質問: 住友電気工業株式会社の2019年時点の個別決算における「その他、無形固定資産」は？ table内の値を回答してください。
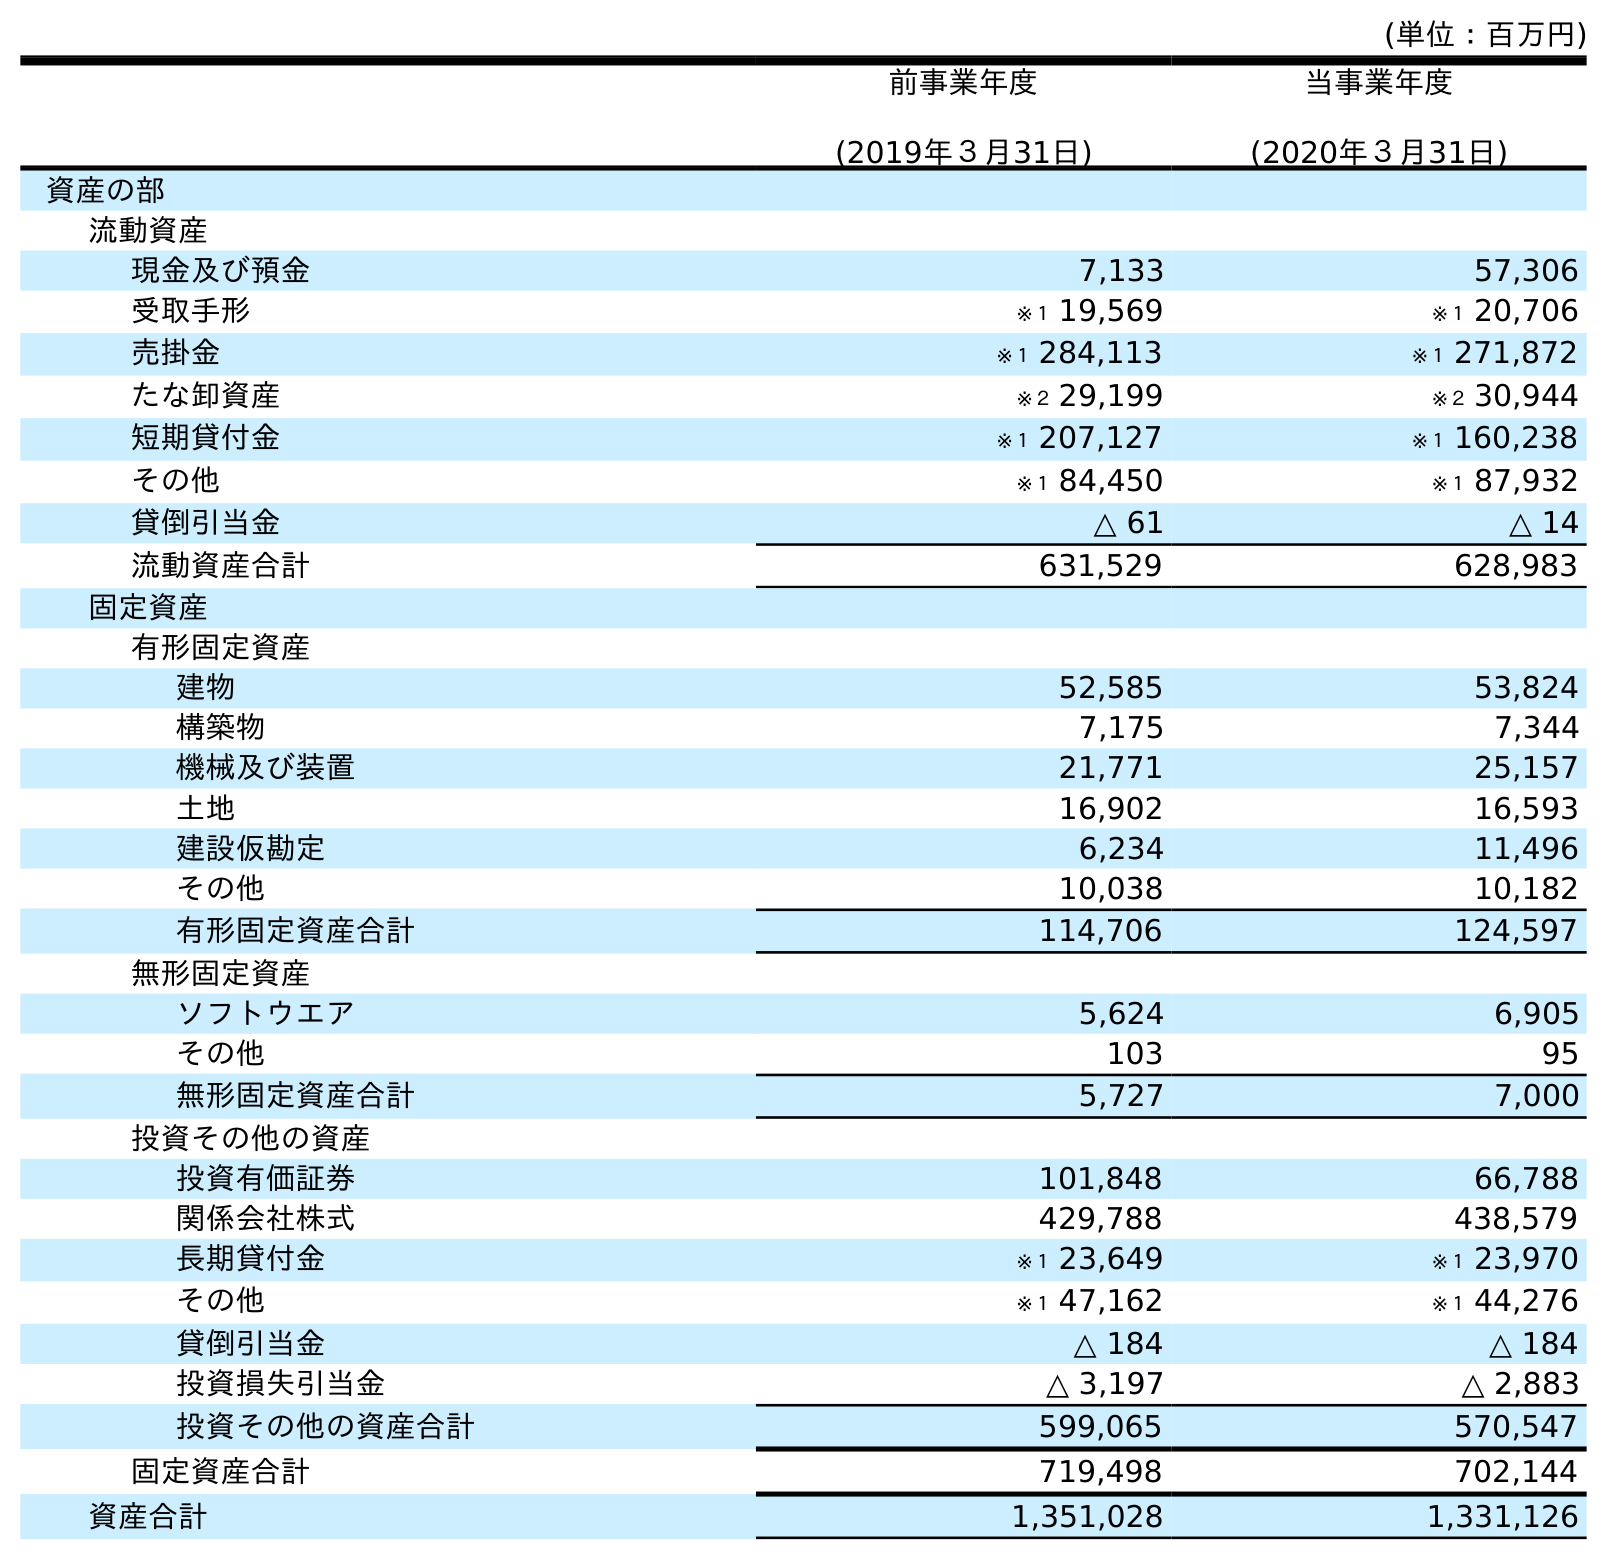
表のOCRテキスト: (単位：百万円) 前事業年度 (2019年３月31日) 当事業年度 (2020年３月31日) 資産の部 流動資産 現金及び預金 7,133 57,306 受取手形 ※１ 19,569 ※１ 20,706 売掛金 ※１ 284,113 ※１ 271,872 たな卸資産 ※２ 29,199 ※２ 30,944 短期貸付金 ※１ 207,127 ※１ 160,238 その他 ※１ 84,450 ※１ 87,932 貸倒引当金 △ 61 △ 14 流動資産合計 631,529 628,983 固定資産 有形固定資産 建物 52,585 53,824 構築物 7,175 7,344 機械及び装置 21,771 25,157 土地 16,902 16,593 建設仮勘定 6,234 11,496 その他 10,038 10,182 有形固定資産合計 114,706 124,597 無形固定資産 ソフトウエア 5,624 6,905 その他 103 95 無形固定資産合計 5,727 7,000 投資その他の資産 投資有価証券 101,848 66,788 関係会社株式 429,788 438,579 長期貸付金 ※１ 23,649 ※１ 23,970 その他 ※１ 47,162 ※１ 44,276 貸倒引当金 △ 184 △ 184 投資損失引当金 △ 3,197 △ 2,883 投資その他の資産合計 599,065 570,547 固定資産合計 719,498 702,144 資産合計 1,351,028 1,331,126
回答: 103